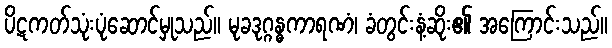
ပိဋကတ်သုံးပုံဆောင်မှုသည်။ မုခဒုဂ္ဂန္ဓကာရဏံ၊ ခံတွင်းနံ့ဆိုး၏ အကြောင်းသည်။